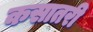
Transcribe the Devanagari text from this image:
कसातरी